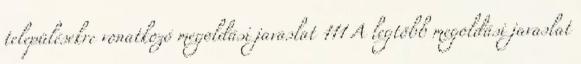
településekre vonatkozó megoldási javaslat 111 A legtöbb megoldási javaslat